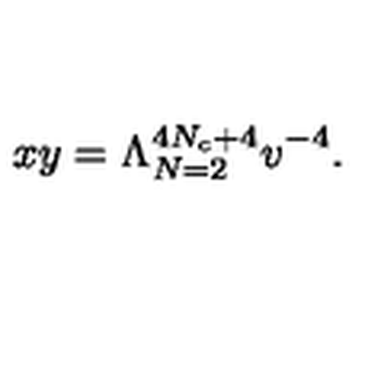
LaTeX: x y = \Lambda _ { N = 2 } ^ { 4 N _ { c } + 4 } v ^ { - 4 } .